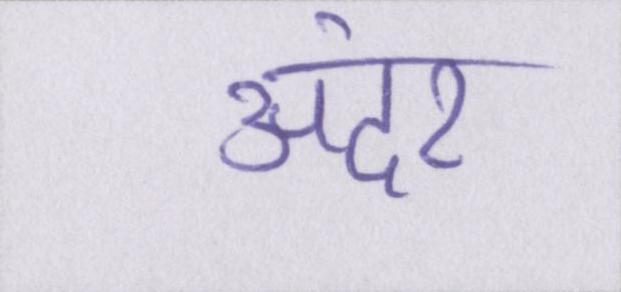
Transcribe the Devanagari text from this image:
अंदर